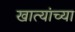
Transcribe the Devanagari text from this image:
खात्यांच्या